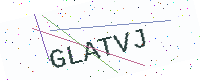
Text: GLATVJ